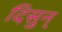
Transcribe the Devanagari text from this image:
दिसुन्